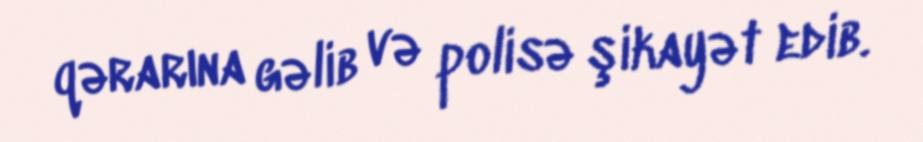
qərarına gəlib və polisə şikayət edib.